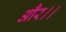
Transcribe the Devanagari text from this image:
और।।